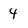
Character: 4